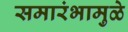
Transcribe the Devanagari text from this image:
समारंभामुळे